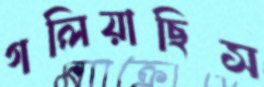
গলিয়াছিস